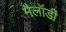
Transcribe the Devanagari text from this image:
मैलॉडी